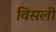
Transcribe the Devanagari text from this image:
विसली